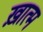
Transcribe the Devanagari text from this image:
ख़ात्म